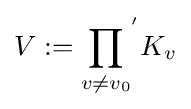
V:={\prod _{v\neq v_{0}}}^{'}K_{v}